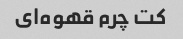
کت چرم قهوه‌ای